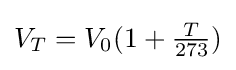
V_{T}=V_{0}(1+{\tfrac {T}{273}})